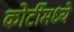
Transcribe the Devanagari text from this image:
कोटींमध्ये